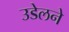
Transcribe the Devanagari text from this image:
उडेलने